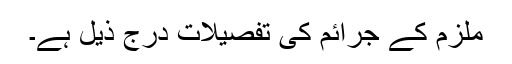
ملزم کے جرائم کی تفصیلات درج ذیل ہے۔